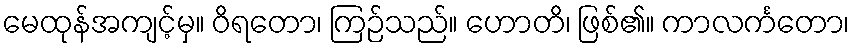
မေထုန်အကျင့်မှ။ ဝိရတော၊ ကြဉ်သည်။ ဟောတိ၊ ဖြစ်၏။ ကာလင်္ကတော၊